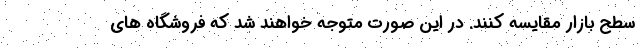
سطح بازار مقايسه كنند. در اين صورت متوجه خواهند شد كه فروشگاه هاي